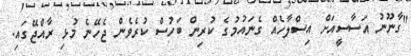
"ގާނޫނު އަސާސީއަށް އިސްލާހެއް ގެނައުމުގެ ކުރިން ބަހުސް ކުރެވެން ޖެހޭނެ މުޅި ރާއްޖޭގައި.